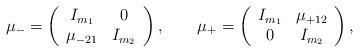
\begin{align*}\mu_- = \left( \begin{array}{cc}I_{m_1} & 0 \\\mu_{-21} & I_{m_2}\end{array} \right), \qquad\mu_+ = \left( \begin{array}{cc}I_{m_1} & \mu_{+12} \\0 & I_{m_2}\end{array} \right), \end{align*}